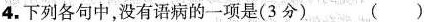
4.下列各句中，没有语病的一项是(3分） ( )